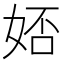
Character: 娝